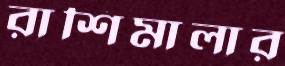
রাশিমালার